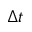
\Delta t